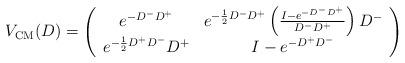
LaTeX: \begin{align*}V_{{\rm CM}} (D)=\left( \begin{array}{cc} e^{-D^- D^+} & e^{-\frac{1}{2}D^- D^+}\left( \frac{I- e^{-D^- D^+}}{D^- D^+} \right) D^-\\e^{-\frac{1}{2}D^+ D^-}D^+& I- e^{-D^+ D^-}\end{array} \right)\end{align*}